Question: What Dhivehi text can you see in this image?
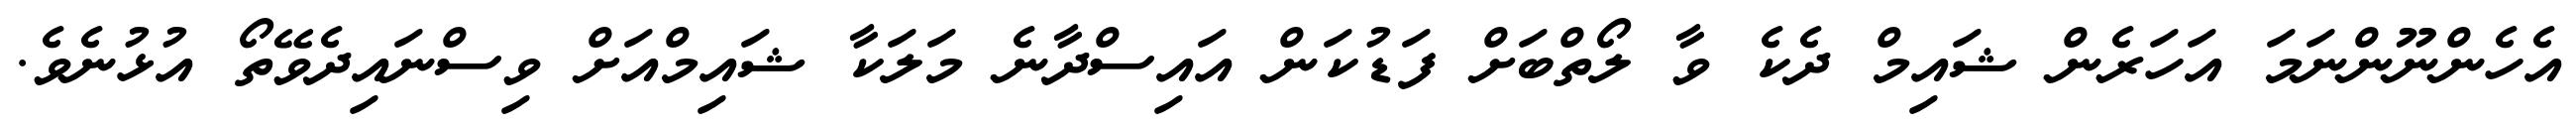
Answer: އެހެންނޫންނަމަ އަހަރެން ޝައިމް ދެކެ ވާ ލޯތްބަށް ފަޑުކަން އައިސްދާނެ މަލަކާ ޝައިމްއަށް ވިސްނައިދެވޭތޯ އުޅުނެވެ.